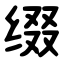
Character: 缀